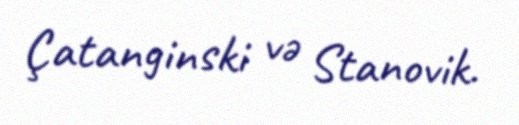
Çatanginski və Stanovik.